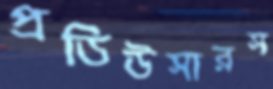
প্রডিউসারস